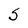
Character: S